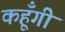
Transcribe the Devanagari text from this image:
कहूँगी